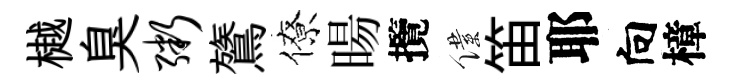
樾臭粥鷟僚暘攬僕笛耶向樟